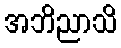
အဘိညာသိ